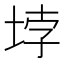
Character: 𡋯